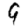
Digit: 9